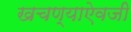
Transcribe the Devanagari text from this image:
खचण्याऐवजी